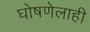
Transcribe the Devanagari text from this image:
घोषणेलाही